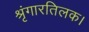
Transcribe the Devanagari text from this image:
श्रृंगारतिलक।